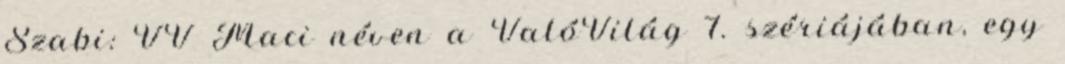
Szabi: VV Maci néven a ValóVilág 7. szériájában, egy